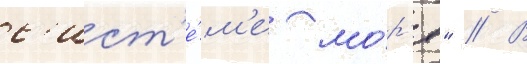
с'ист'е́м'е мо́р'я" // В